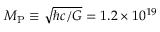
M _ { \mathrm { P } } \equiv \sqrt { \hbar c / G } = 1 . 2 \times 1 0 ^ { 1 9 }